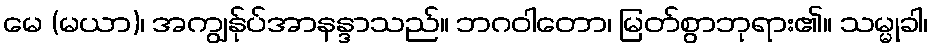
မေ (မယာ)၊ အကျွန်ုပ်အာနန္ဒာသည်။ ဘဂဝါတော၊ မြတ်စွာဘုရား၏။ သမ္မုခါ၊